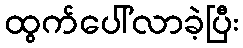
ထွက်ပေါ်လာခဲ့ပြီး